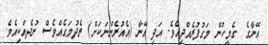
އޭނާގެ  ގެމީހުން މަގުފުރެއްދިއެވެ. އަދި އޭނާ (އެއުރެންނަކަށް) ތެދުމަގެއްވެސް ނުދެއްކިއެވެ.